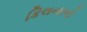
કિલનરનો